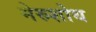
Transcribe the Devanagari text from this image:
मेरुशोथ